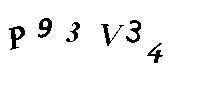
P93V34